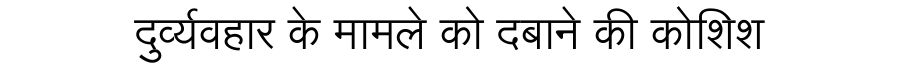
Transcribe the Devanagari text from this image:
दुर्व्यवहार के मामले को दबाने की कोशिश